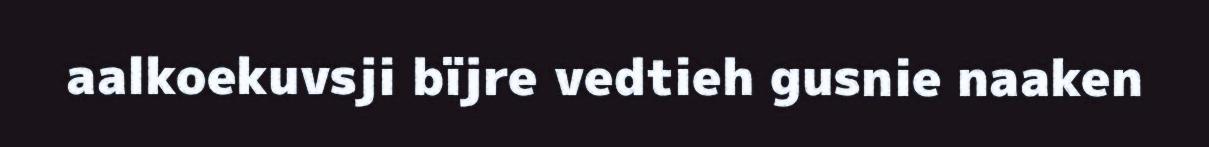
aalkoekuvsji bïjre vedtieh gusnie naaken